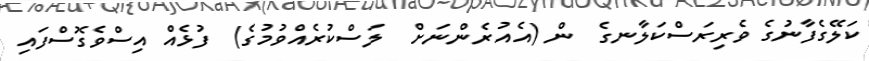
ކަލޭގެފާނުގެ ވެރިރަސްކަލާނގެ  ން (އެއުރެންނަށް  ލަސްކުރެއްވުމުގެ)  ފުޅެއް އިސްވެގޮސްފައި